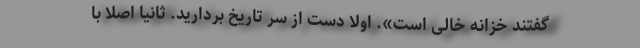
گفتند خزانه خالی است». اولا دست از سر تاریخ بردارید. ثانیا اصلا با